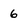
Character: 6